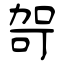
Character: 哿